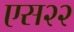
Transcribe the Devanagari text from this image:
एस२२